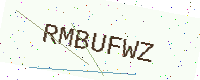
Text: RMBUFWZ